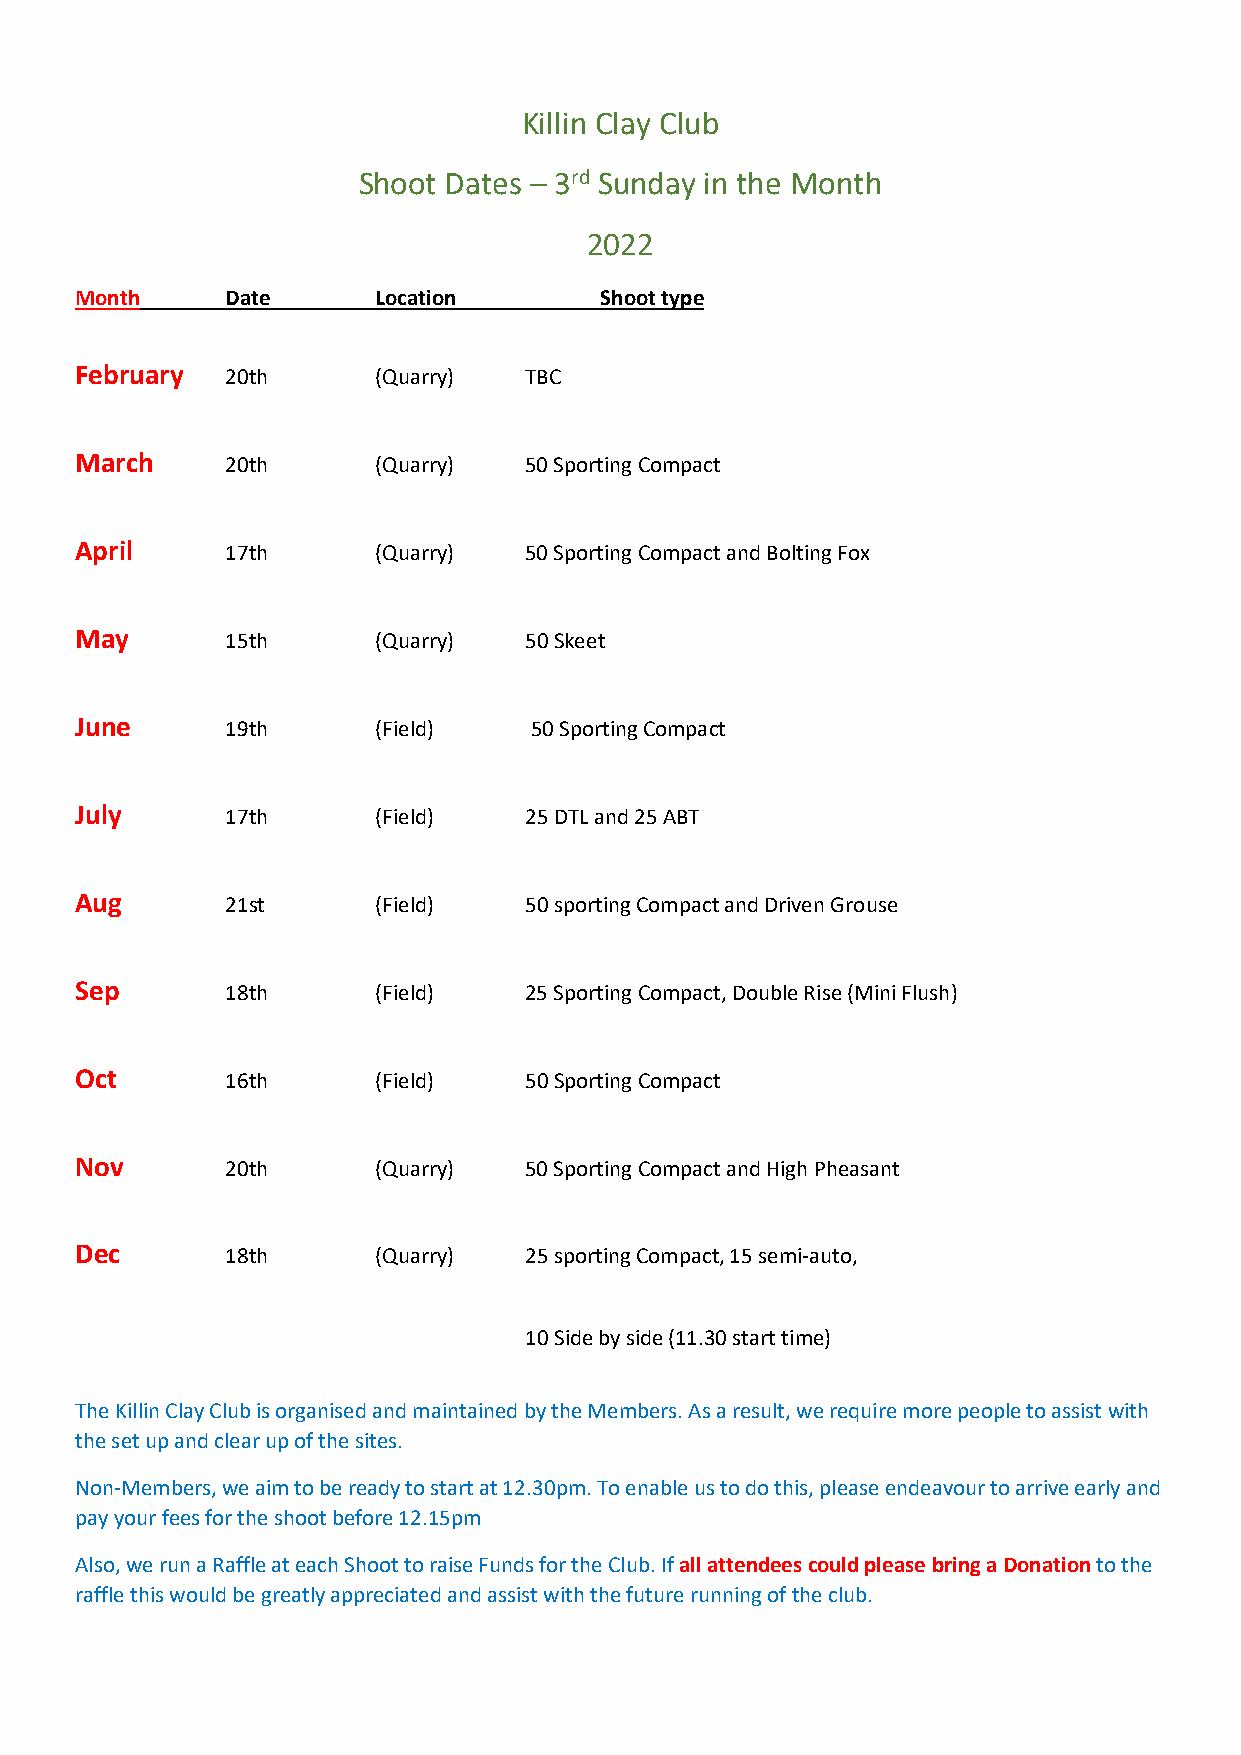
Killin Clay Club
 Shoot Dates – 3rd Sunday in the Month
 2022
 Month     Date      Location       Shoot type
 February  20th      (Quarry)  TBC
 March     20th      (Quarry)  50 Sporting Compact
 April     17th      (Quarry)  50 Sporting Compact and Bolting Fox
 May       15th      (Quarry)  50 Skeet
 June      19th      (Field)   50 Sporting Compact
 July      17th      (Field)   25 DTL and 25 ABT
 Aug       21st      (Field)   50 sporting Compact and Driven Grouse
 Sep       18th      (Field)   25 Sporting Compact, Double Rise (Mini Flush)
 Oct       16th      (Field)   50 Sporting Compact
 Nov       20th      (Quarry)  50 Sporting Compact and High Pheasant
 Dec       18th      (Quarry)  25 sporting Compact, 15 semi-auto,
 10 Side by side (11.30 start time)
 The Killin Clay Club is organised and maintained by the Members. As a result, we require more people to assist with
 the set up and clear up of the sites.
 Non-Members, we aim to be ready to start at 12.30pm. To enable us to do this, please endeavour to arrive early and
 pay your fees for the shoot before 12.15pm
 Also, we run a Raffle at each Shoot to raise Funds for the Club. If all attendees could please bring a Donation to the
 raffle this would be greatly appreciated and assist with the future running of the club.